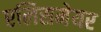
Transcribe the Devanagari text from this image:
एलिसमेयर